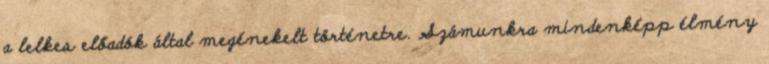
a lelkes előadók által megénekelt történetre. Számunkra mindenképp élmény